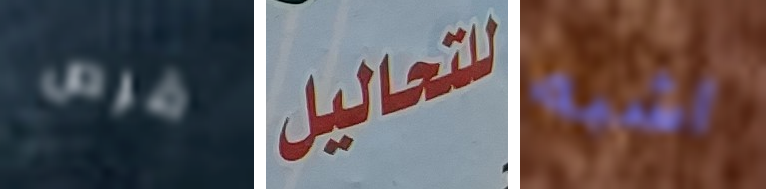
قرص للتحاليل اشبه